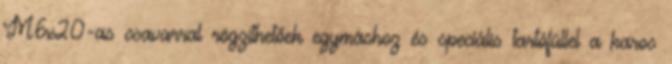
M6x20-as csavarral rögzíthetőek egymáshoz és speciális tartófüllel a karos